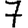
Digit: 7